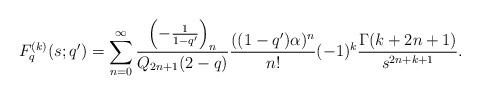
LaTeX: \begin{align*}F_{q}^{(k)}(s;q^{\prime}) = \displaystyle \sum_{n=0}^{\infty} \frac{\left(-\frac{1}{1-q^{\prime}}\right)_{n}}{Q_{2n+1}(2-q)} \frac{((1-q^{\prime}) \alpha)^{n}}{n!} (-1)^{k} \frac{\Gamma(k+2n+1)}{s^{2n+k+1}} . \end{align*}